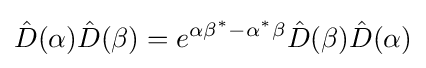
{\hat {D}}(\alpha ){\hat {D}}(\beta )=e^{\alpha \beta ^{*}-\alpha ^{*}\beta }{\hat {D}}(\beta ){\hat {D}}(\alpha )